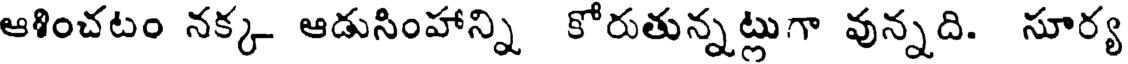
ఆశించటం నక్క ఆడుసింహాన్ని కోరుతున్నట్లుగా వున్నది. సూర్య